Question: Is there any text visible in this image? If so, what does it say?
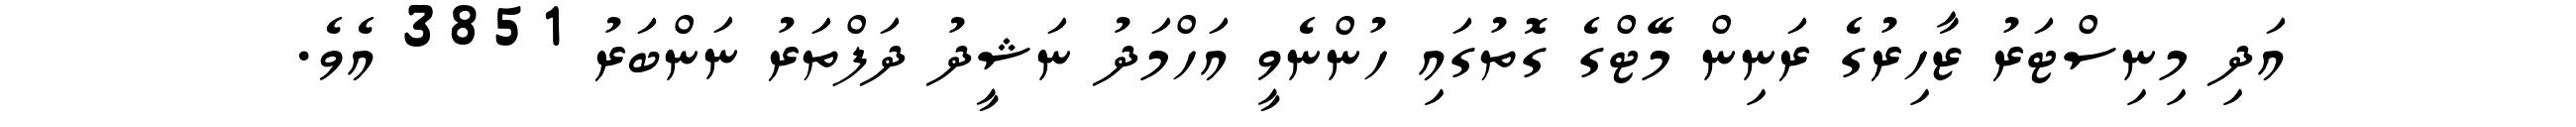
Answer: އަދި މިނިސްޓަރު ޒާހިރުގެ ރަނިން މޭޓްގެ ގޮތުގައި ހުންނެވީ އަހްމަދު ނަޝީދު ދަފްތަރު ނަންބަރު 3851 އެވެ.